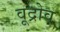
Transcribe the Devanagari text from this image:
वूद्रोव